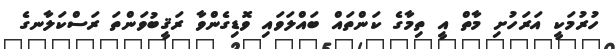
ހުރުމަކީ އަރަހުށި މާތް އީ ތިމާގެ ކަންތައް ބައްލަވައި ވޮޑިގެންވާ ރަޤީބުވަންތަ ރަސްކަލާނގެ